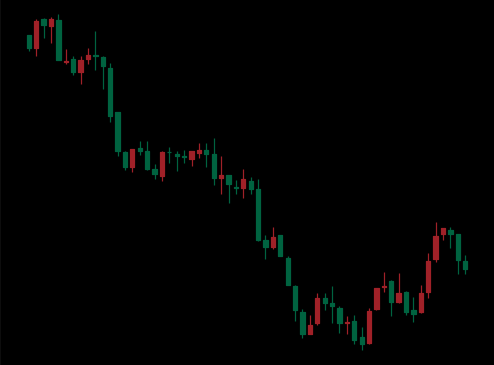
Pattern: bull_flag